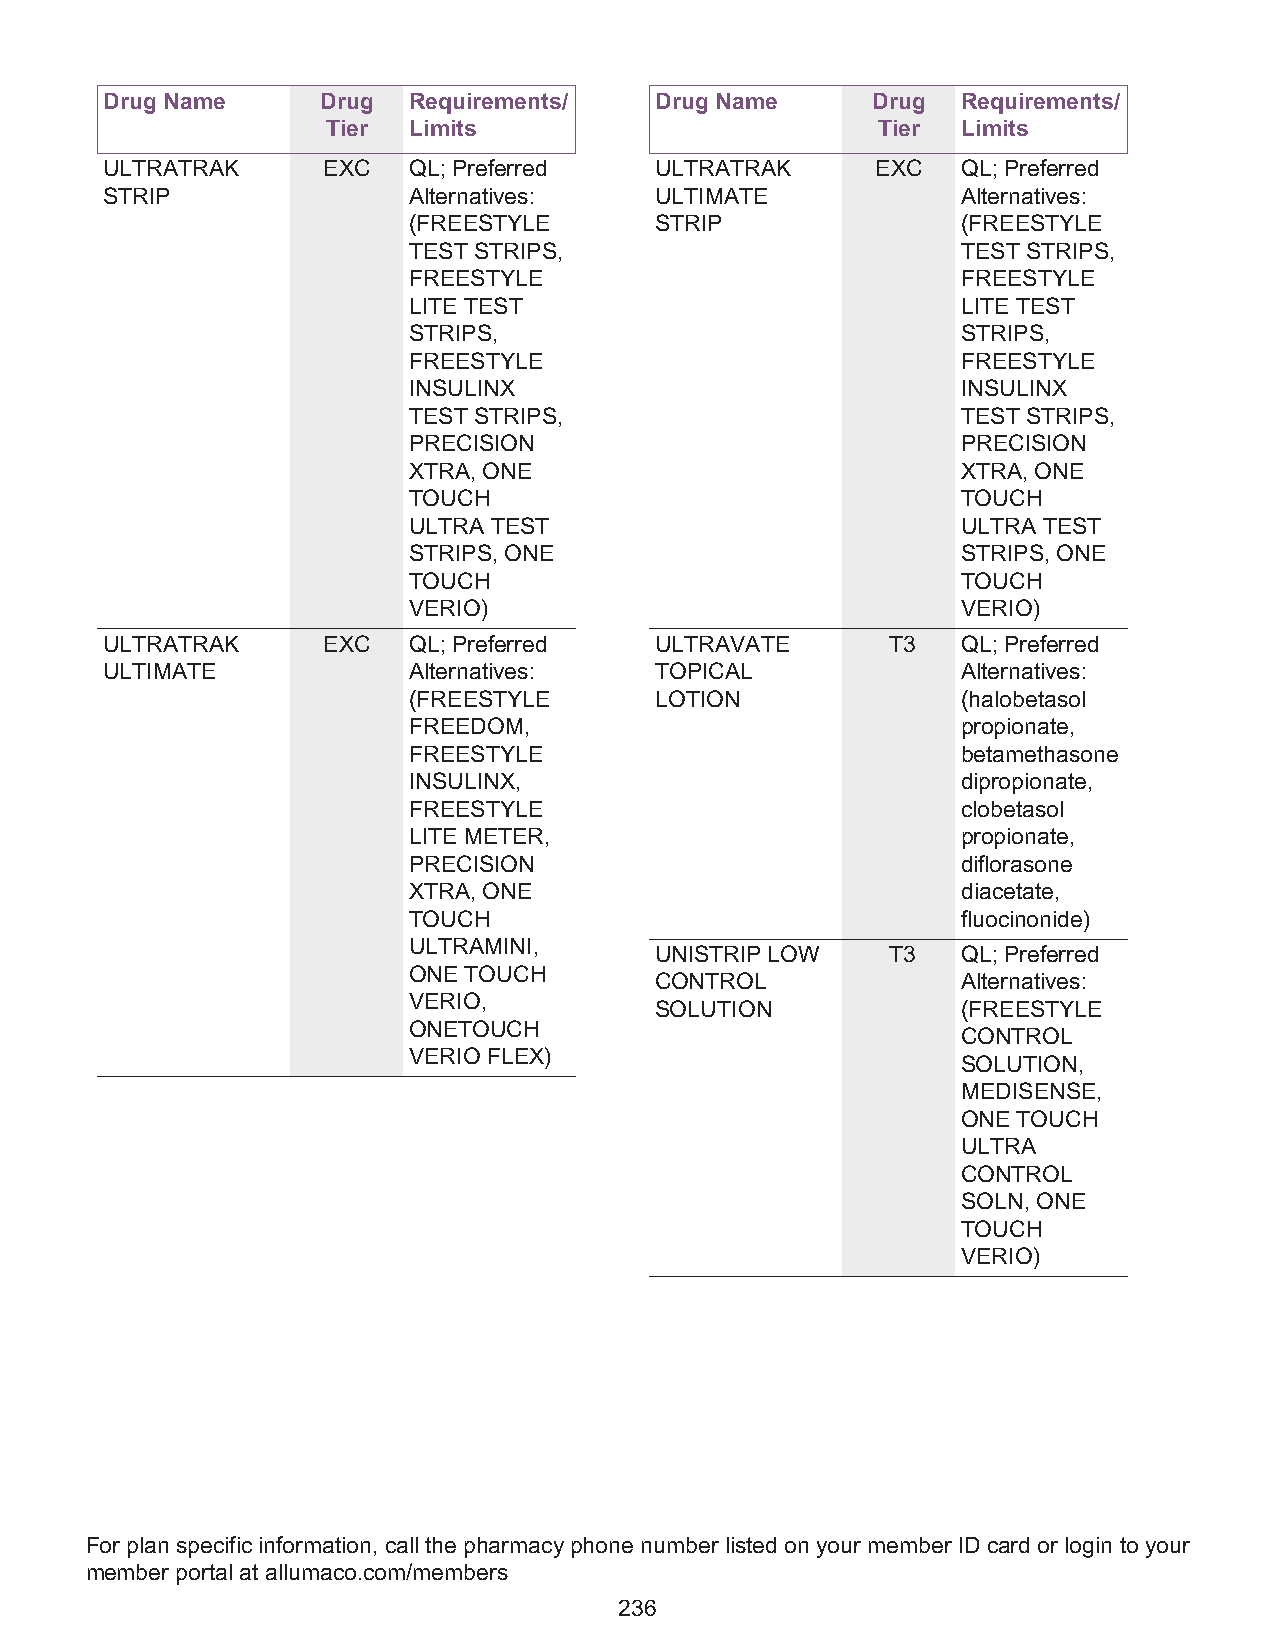
Drug Name     Drug  Requirements/   Drug Name      Drug  Requirements/
 Tier Limits                         Tier  Limits
 ULTRATRAK     EXC   QL; Preferred   ULTRATRAK      EXC   QL; Preferred
 STRIP               Alternatives:   ULTIMATE             Alternatives:
 (FREESTYLE      STRIP                (FREESTYLE
 TEST STRIPS,                         TEST STRIPS,
 FREESTYLE                            FREESTYLE
 LITE TEST                            LITE TEST
 STRIPS,                              STRIPS,
 FREESTYLE                            FREESTYLE
 INSULINX                             INSULINX
 TEST STRIPS,                         TEST STRIPS,
 PRECISION                            PRECISION
 XTRA, ONE                            XTRA, ONE
 TOUCH                                TOUCH
 ULTRA TEST                           ULTRA TEST
 STRIPS, ONE                          STRIPS, ONE
 TOUCH                                TOUCH
 VERIO)                               VERIO)
 ULTRATRAK     EXC   QL; Preferred   ULTRAVATE       T3   QL; Preferred
 ULTIMATE            Alternatives:   TOPICAL              Alternatives:
 (FREESTYLE      LOTION               (halobetasol
 FREEDOM,                             propionate,
 FREESTYLE                            betamethasone
 INSULINX,                            dipropionate,
 FREESTYLE                            clobetasol
 LITE METER,                          propionate,
 PRECISION                            diflorasone
 XTRA, ONE                            diacetate,
 TOUCH                                fluocinonide)
 ULTRAMINI,
 UNISTRIP LOW    T3   QL; Preferred
 ONE TOUCH
 CONTROL              Alternatives:
 VERIO,
 SOLUTION             (FREESTYLE
 ONETOUCH
 CONTROL
 VERIO FLEX)
 SOLUTION,
 MEDISENSE,
 ONE TOUCH
 ULTRA
 CONTROL
 SOLN, ONE
 TOUCH
 VERIO)
 For plan specific information, call the pharmacy phone number listed on your member ID card or login to your
 member portal at allumaco.com/members
 236